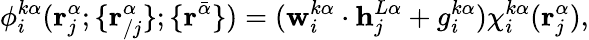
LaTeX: \phi_{i}^{k\alpha}(\mathbf{r}_{j}^{\alpha};\{ \mathbf{r}_{/j}^{\alpha}\} ;\{ \mathbf{r}^{\bar{\alpha}}\} )=(\mathbf{w}_{i}^{k\alpha}\cdot\mathbf{h}_{j}^{L\alpha}+g_{i}^{k\alpha})\chi_{i}^{k\alpha}(\mathbf{r}_{j}^{\alpha}),